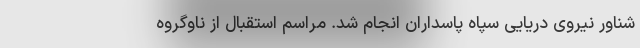
شناور نیروی دریایی سپاه پاسداران انجام شد. مراسم استقبال از ناوگروه